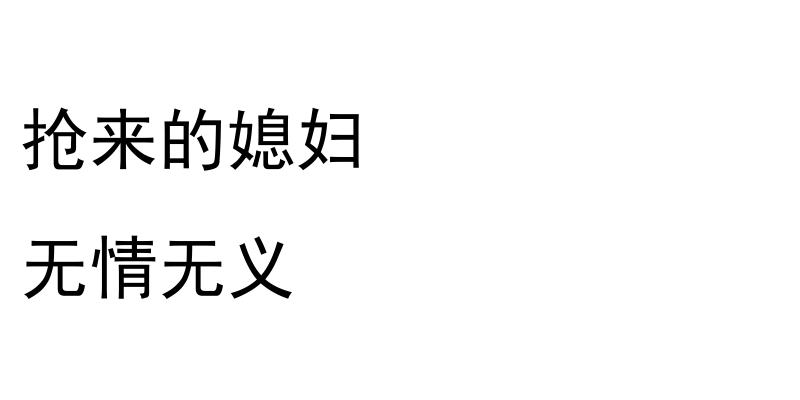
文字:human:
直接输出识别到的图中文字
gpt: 抢来的媳妇 无情无义